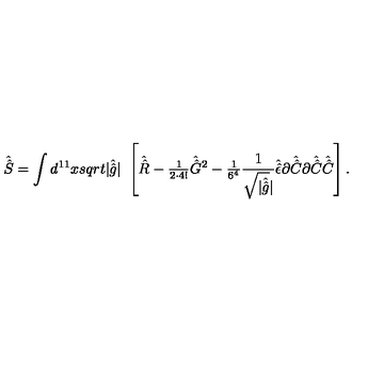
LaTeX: \hat { \hat { S } } = \int d ^ { 1 1 } x s q r t { | \hat { \hat { g } } | } \ \left[ \hat { \hat { R } } - { \textstyle \frac { 1 } { 2 \cdot 4 ! } } \hat { \hat { G } } { } ^ { 2 } - { \textstyle \frac { 1 } { 6 ^ { 4 } } } \frac { 1 } { \sqrt { | \hat { \hat { g } } } | } \hat { \hat { \epsilon } } \partial \hat { \hat { C } } \partial \hat { \hat { C } } \hat { \hat { C } } \right] .